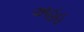
અહહ